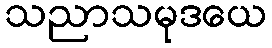
သညာသမုဒယေ